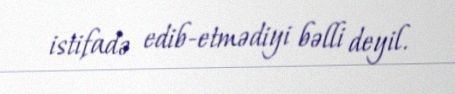
istifadə edib-etmədiyi bəlli deyil.